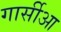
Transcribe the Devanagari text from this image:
गार्सीआ